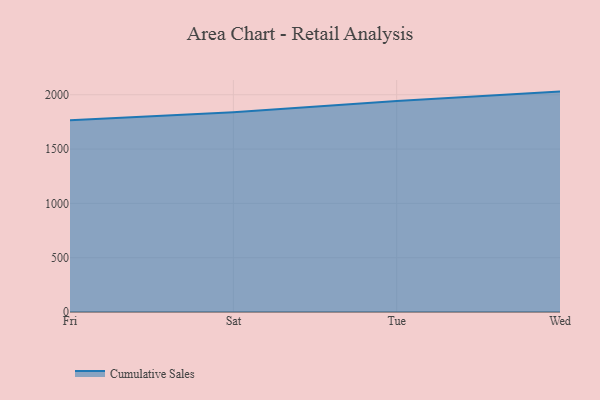
{"axis": {"x": "Day", "y": "Website Visitors"}, "legend": ["Cumulative Sales"], "data": [{"x": "Fri", "y": 1765.6, "type": "Cumulative Sales"}, {"x": "Sat", "y": 1838.1, "type": "Cumulative Sales"}, {"x": "Tue", "y": 1942.7, "type": "Cumulative Sales"}, {"x": "Wed", "y": 2029.2, "type": "Cumulative Sales"}]}